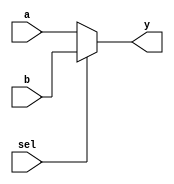
module mux2to1_bh
(input a,b,sel,
output reg y);

always @(a,b,sel)
begin
	if (sel)
		y = b;
	else
		y = a;
end

endmodule